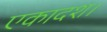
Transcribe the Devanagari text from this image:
एकादश।